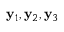
{ \bf y } _ { 1 } , { \bf y } _ { 2 } , { \bf y } _ { 3 }